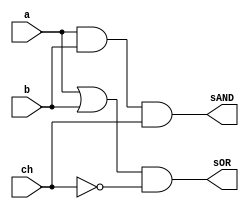
// ------------------------- 
// Exemplo0032 
// Nome: Oswaldo Oliveira Paulino
// ------------------------- 

module LU (output sOR, output sAND, input a, input b, input ch);
	wire notCH,andAB,orAB;
	
	not NOT1 (notCH, ch);
	and AND1 (andAB, a, b);
	or  OR1  (orAB, a, b);
	and AND2 (sOR, orAB, notCH);
	and AND3 (sAND, andAB, ch);
endmodule 

module test_LU;
// ------------------------- definir dados
   reg x;
	reg y;
	reg ch;
	wire w;
	wire z;
	
	LU modulo (w, z, x, y, ch);
	
	initial begin: start
		x = 0; 
		y = 0;
		ch= 0;
	end
	
// ------------------------- parte principal
   initial begin
      $display("Exemplo0032 - Oswaldo Oliveira Paulino - 382175");
      $display("Test LU's module");
		$display ("---------------- CHAVE = 0 --------------------");
      $monitor("a = %b b = %b sOR = %b",x,y,w); 
		#1 
		x = 0; y = 1; ch = 0;  
		#1 
		x = 1; y = 0; ch = 0;
		#1
		x = 1; y = 1; ch = 0;
		#1
		$display ("---------------- CHAVE = 1 --------------------");
		$monitor("a = %b b = %b sAND = %b",x,y,z);
		x = 0; y = 0; ch = 1;
		#1
		x = 0; y = 1; ch = 1;
		#1 
		x = 1; y = 0; ch = 1;
		#1 
		x = 1; y = 1; ch = 1;
   end
endmodule // test_LU

/*
    Exemplo0032 - Oswaldo Oliveira Paulino - 382175
    Test LU's module
    ---------------- CHAVE = 0 --------------------
    a = 0 b = 0 sOR = 0
    a = 0 b = 1 sOR = 1
    a = 1 b = 0 sOR = 1
    a = 1 b = 1 sOR = 1
    ---------------- CHAVE = 1 --------------------
    a = 0 b = 0 sAND = 0
    a = 0 b = 1 sAND = 0
    a = 1 b = 0 sAND = 0
    a = 1 b = 1 sAND = 1
*/